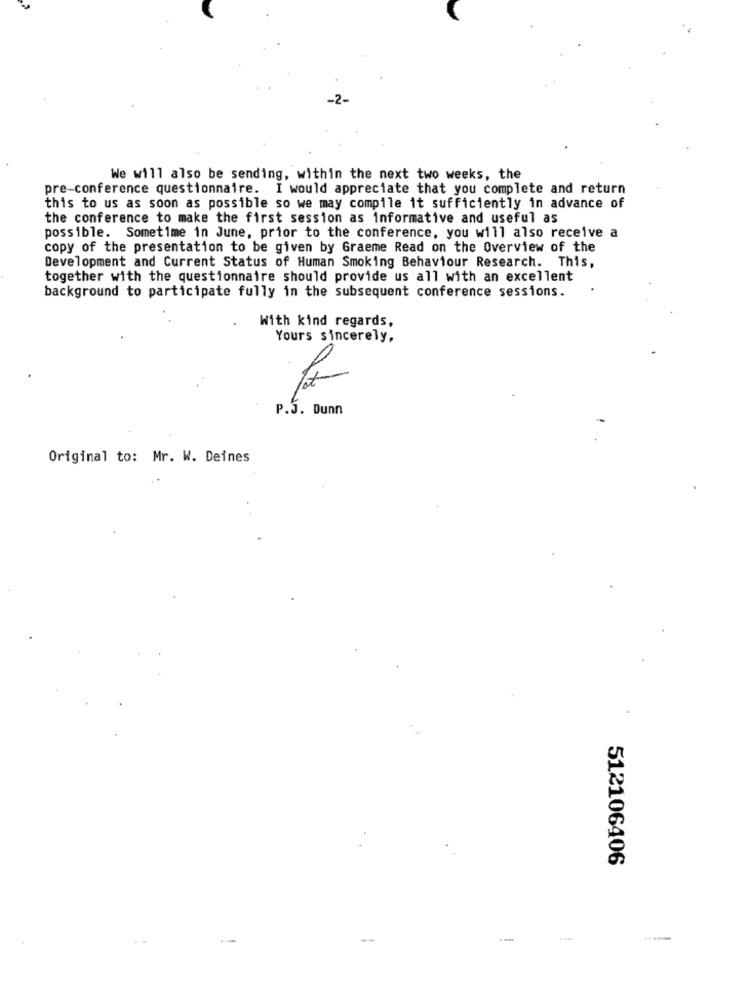
We will also be sending, within the next two weeks, the
pre-conference questionnaire. I would appreciate that you complete and return
this to us as soon as possible so we may compile it sufficiently in advance of
the conference to make the first session as informative and useful as
possible. Sometime in June, prior to the conference, you will also receive a
copy of the presentation to be given by Graeme Read on the Overview of the
Development and Current Status of Human Smoking Behaviour Research. This,
together with the questionnaire should provide us all with an excellent
background to participate fully in the subsequent conference sessions.
With kind regards,
Yours sincerely,
P.J. Dunn
Original to: Mr. W. Deines
512106406
--